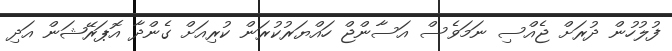
ފުލުހުން ދުރަށް ޖެއްސި ނަމަވެސް އަސާންޖް ހައްޔަރުކުރަން ކުރިއަށް ގެންދާ އޮޕަރޭޝަން އަދި